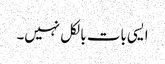
ایسی بات بالکل نہیں۔